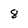
Character: 8